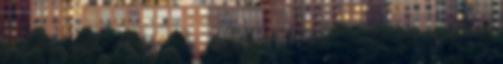
el blogot írni. 3. Az eredeti cél az volt,